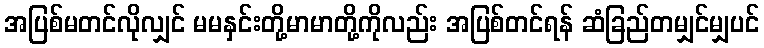
အပြစ်မတင်လိုလျှင် မမနှင်းတို့မာမာတို့ကိုလည်း အပြစ်တင်ရန် ဆံခြည်တမျှင်မျှပင်